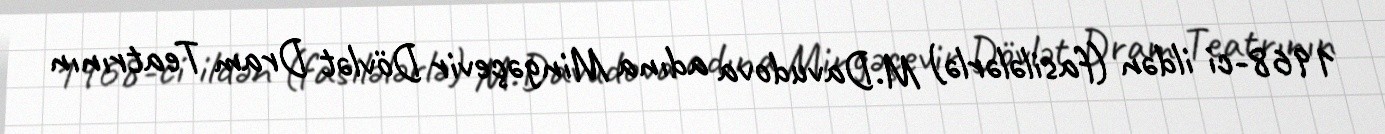
1968-ci ildən (fasilələrlə) M.Davudova adına Mingəçevir Dövlət Dram Teatrının